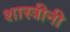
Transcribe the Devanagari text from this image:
शास्त्रीनी